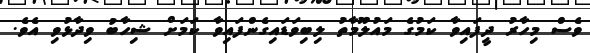
ވެސް މިހާރު ދީފައިވާ ކަމުގެ މައުލޫމާތު ލިބިވަޑައިގެންފައިވާ ކަމަށް ޝިހާބު ވިދާޅުވި އެވެ.